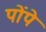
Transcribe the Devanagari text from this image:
पोंपे